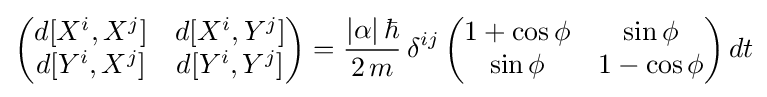
{\begin{pmatrix}d[X^{i},X^{j}]&d[X^{i},Y^{j}]\\d[Y^{i},X^{j}]&d[Y^{i},Y^{j}]\end{pmatrix}}={\frac {|\alpha |\,\hbar }{2\,m}}\,\delta ^{ij}\,{\begin{pmatrix}1+\cos \phi &\sin \phi \\\sin \phi &1-\cos \phi \end{pmatrix}}\,dt